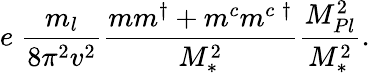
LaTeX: e\; \frac{m_{l}}{8\pi^{2}v^{2}}\frac{mm^{\dagger}+m^{c}m^{c\; \dagger}}{M_{\ast}^{2}}\frac{M_{Pl}^{2}}{M_{\ast}^{2}}.